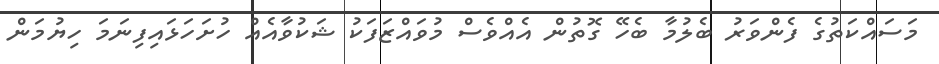
މަސައްކަތުގެ ފެންވަރު ބެލުމާ ބެހޭ ގޮތުން އެއްވެސް މުވައްޒަފަކު ޝަކުވާއެއް ހުށަހަޅައިފިނަމަ ހިޔުމަން